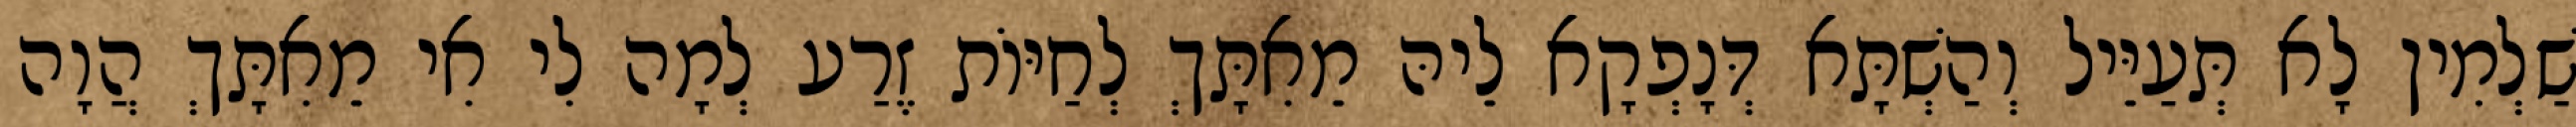
שַׁלְמִין לָא תְּעַיֵּיל וְהַשְׁתָּא דְּנָפְקָא לֵיהּ מֵאִתָּךְ לְחַיּוֹת זֶרַע לְמָה לִי אִי מֵאִתָּךְ הֲוָה